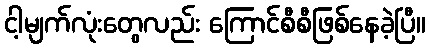
ငါ့မျက်လုံးတွေလည်း ကြောင်စီစီဖြစ်နေခဲ့ပြီ။